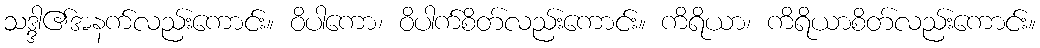
သဒ္ဒါ၏အနက်လည်းကောင်း။ ဝိပါကော၊ ဝိပါက်စိတ်လည်းကောင်း။ ကိရိယာ၊ ကိရိယာစိတ်လည်းကောင်း။